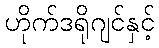
ဟိုက်ဒရိုဂျင်နှင့်